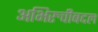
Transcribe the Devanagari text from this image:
अभिरुचीबद्दल